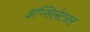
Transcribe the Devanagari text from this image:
इप्सिलेटरल